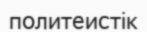
политеистік